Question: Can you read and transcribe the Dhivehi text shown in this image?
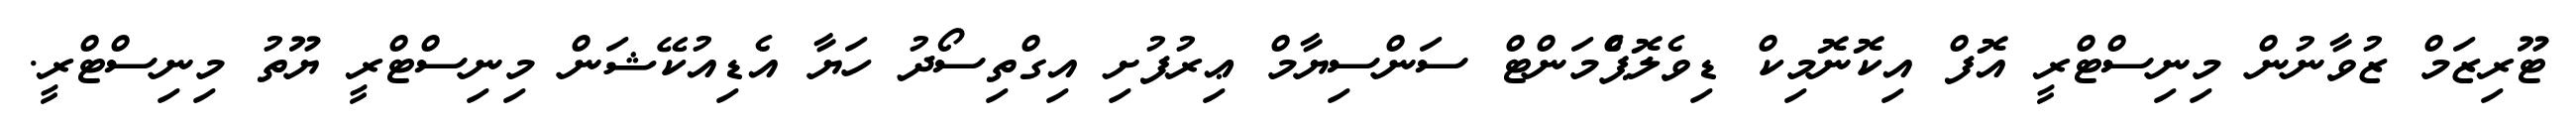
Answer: ޓޫރިޒަމް ޒުވާނުން މިނިސްޓްރީ އޮފް އިކޮނޮމިކް ޑިވެލޮޕްެމަންޓް ސަންސިޔާމް ޢިރުފުށި އިގްތިސޯދު ހަޔާ އެޑިއުކޭޝަން މިނިސްޓްރީ ޔޫތު މިނިސްޓްރީ.